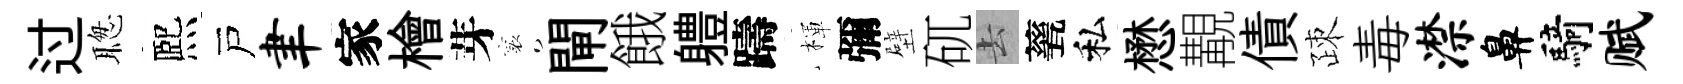
过聦熈戸聿家檜芽襄閘餓軆躊楎彌壁矹去甆私懋覯債疎毒潸鼻騎赋